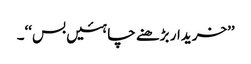
’’خریدار بڑھنے چاہئیں بس‘‘۔